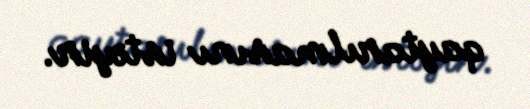
qaytarılmasını istəyir.